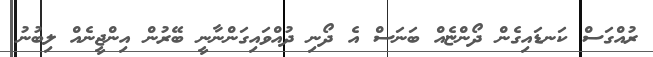
ރުއްގަސް ކަނޑައިގެން ދޯންޏެއް ބަނަސް އެ ދޯނި ދުއްވައިގަންނާނީ ބޭރުން އިންޖީނެއް ލިބުނު